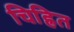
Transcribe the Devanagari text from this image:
चिह्रित